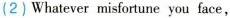
(2)Whatever misfortune you face,